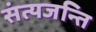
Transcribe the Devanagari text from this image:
संत्यजन्ति